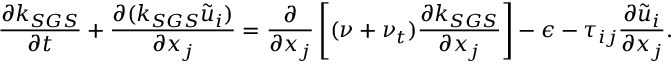
\frac { \partial k _ { S G S } } { \partial t } + \frac { \partial ( k _ { S G S } \widetilde { u } _ { i } ) } { \partial x _ { j } } = \frac { \partial } { \partial x _ { j } } \left[ ( \nu + \nu _ { t } ) \frac { \partial k _ { S G S } } { \partial x _ { j } } \right] - \epsilon - \tau _ { i j } \frac { \partial \widetilde { u } _ { i } } { \partial x _ { j } } .